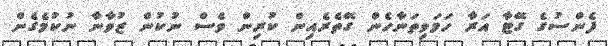
ފެންސުގެ ގޭޓާ އަރާ ހަމަވިތަނާހެން ގޭތެރެއިން ކުރިން ވެސް ނުކުން ޒުވާނާ ނުކުމެގެން